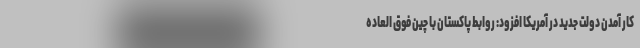
کار آمدن دولت جدید در آمریکا افزود: روابط پاکستان با چین فوق العاده